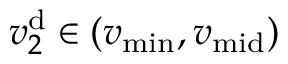
v _ { 2 } ^ { \mathrm { d } } \in ( v _ { \operatorname* { m i n } } , v _ { \mathrm { m i d } } )